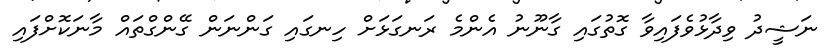
ނަޝީދު ވިދާޅުވެފައިވާ ގޮތުގައި ގާނޫނު އެންމެ ރަނގަޅަށް ހިނގައި ގަންނަން ގޭންގްތައް މާނަކޮށްފައި